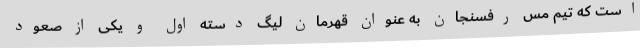
است که تیم مس رفسنجان به عنوان قهرمان لیگ دسته اول و یکی از صعود